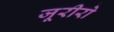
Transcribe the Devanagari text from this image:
जूरीरो